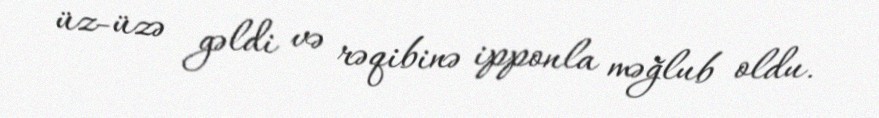
üz-üzə gəldi və rəqibinə ipponla məğlub oldu.